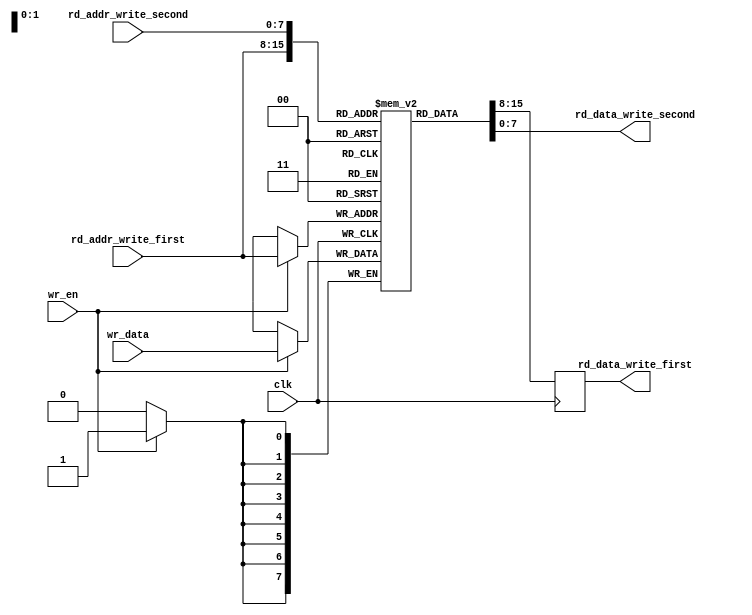
module dual_port_ram (
    input wire clk,
    input wire wr_en,
    input wire [7:0] wr_data,
    input wire [7:0] rd_addr_write_first,
    input wire [7:0] rd_addr_write_second,
    output reg [7:0] rd_data_write_first,
    output reg [7:0] rd_data_write_second
);

reg [7:0] mem [0:255]; // 256x8 dual-port RAM array

always @ (posedge clk) begin
    if (wr_en) begin
        mem[rd_addr_write_first] <= wr_data;
    end
    rd_data_write_first <= mem[rd_addr_write_first];
end

assign rd_data_write_second = mem[rd_addr_write_second];

endmodule